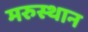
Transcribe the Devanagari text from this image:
मरुस्थान